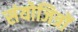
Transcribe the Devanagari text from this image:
संयोजित्रों